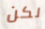
لكن